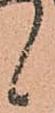
候